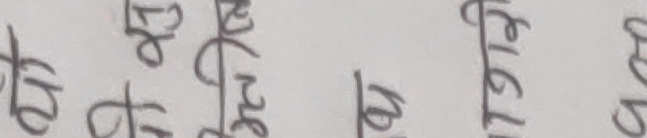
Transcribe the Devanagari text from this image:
२७ श्रे ४० १७१२ ०७